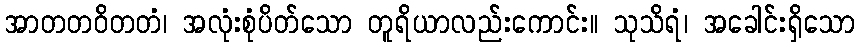
အာတတဝိတတံ၊ အလုံးစုံပိတ်သော တူရိယာလည်းကောင်း။ သုသိရံ၊ အခေါင်းရှိသော